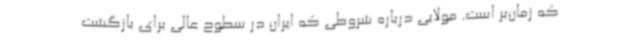
که زمان‌بر است. مولایی درباره شروطی که ایران در سطوح عالی برای بازگشت